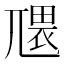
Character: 𭕑